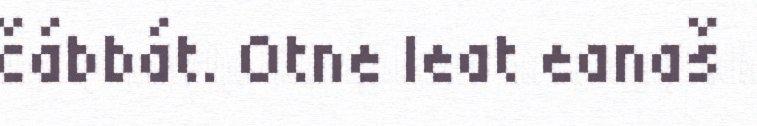
čábbát. Otne leat eanaš